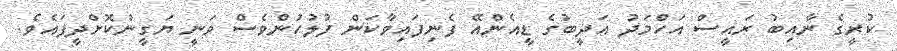
ކުރީގެ ނާއިބު ރައީސް އަހްމަދު އަދީބުގެ ޑީއެންއޭ ފެނިފައިވާކަން ފުލުހުންވެސް ވަނީ ޔަގީންކޮށްދީފައެވެ.